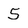
Character: 5